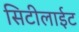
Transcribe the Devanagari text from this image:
सिटीलाईट